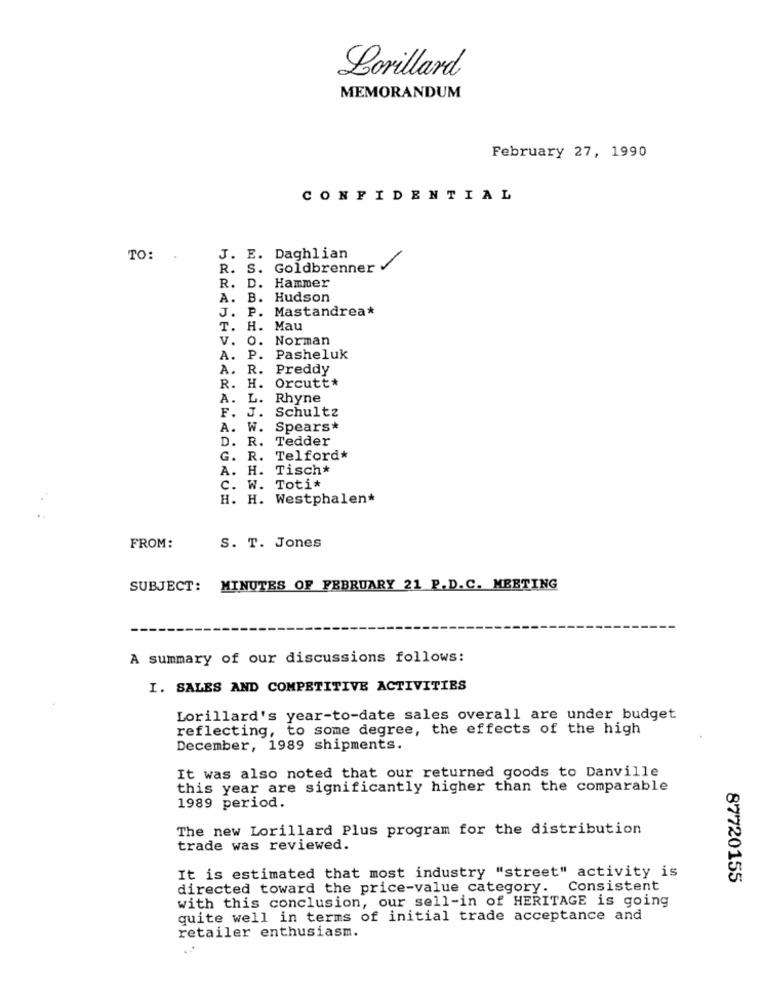
Lorillard
MEMORANDUM
February 27, 1990
CONFIDENTIAL
TO: .
J. E. Daghlian
R. S. Goldbrenner
R. D. Hammer
A. B. Hudson
J. P. Mastandrea*
T. H. Mau
V. O. Norman
A.
P.
Pasheluk
A. R.
Preddy
Orcutt*
R. H.
A.
L.
Rhyne
Schultz
F. J.
A. W. Spears*
D. R. Tedder
G. R. Telford*
A. H. Tisch*
c.
W. Toti*
H. H. Westphalen*
FROM:
S. T. Jones
SUBJECT: MINUTES OF FEBRUARY 21 P.D.C. MEETING
A summary of our discussions follows:
I. SALES AND COMPETITIVE ACTIVITIES
Lorillard's year-to-date sales overall are under budget
reflecting, to some degree, the effects of the high
December, 1989 shipments.
It was also noted that our returned goods to Danville
this year are significantly higher than the comparable
1989 period.
The new Lorillard Plus program for the distribution
trade was reviewed.
It is estimated that most industry "street" activity is
87720155
directed toward the price-value category. Consistent
with this conclusion, our sell-in of HERITAGE is going
quite well in terms of initial trade acceptance and
retailer enthusiasm.